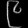
Digit: ၉